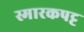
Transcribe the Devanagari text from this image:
स्मारकपट्ट